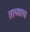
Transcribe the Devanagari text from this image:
ताच्याच